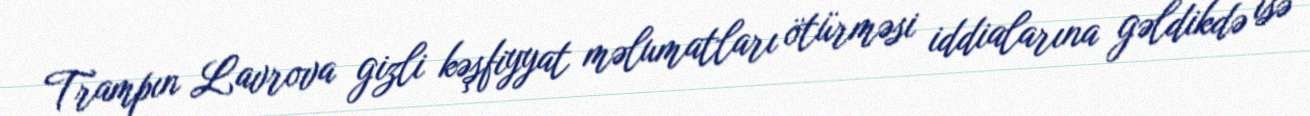
Trampın Lavrova gizli kəşfiyyat məlumatları ötürməsi iddialarına gəldikdə isə